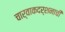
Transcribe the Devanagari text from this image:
चार्वाकदर्शनाची